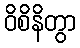
ဝိစိနိတွာ